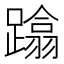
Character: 蹹